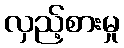
လှည့်စားမှု